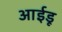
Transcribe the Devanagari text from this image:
आईडू